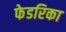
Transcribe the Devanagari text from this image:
फेडरिका